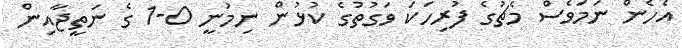
އެހެން ނަމަވެސް މެޗުގެ ފުރިހަކަ ވަގުތުގެ ކުޅުން ނިމުނީ 0-1 ގެ ނަތީޖާއިން